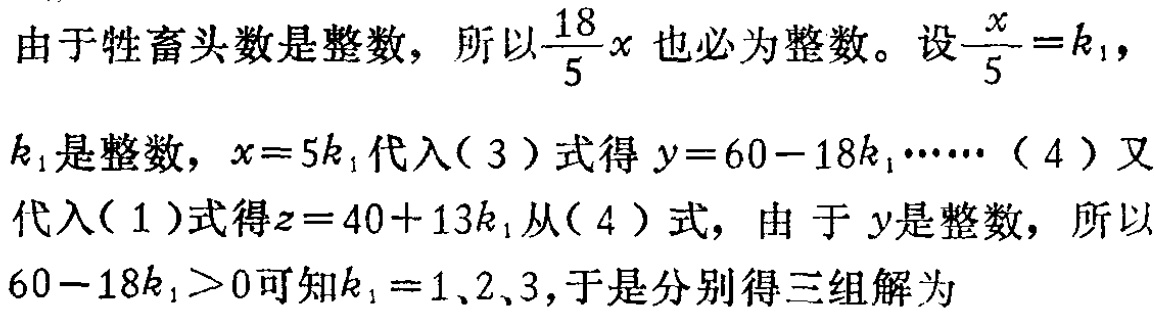
由于牲畜头数是整数，所以$\frac{18}{5}x$ 也必为整数。设$\frac{x}{5}=k_1$，

$k_1$是整数，$x = 5k_1$代入（3）式得$y = 60 - 18k_1\cdots\cdots$（4）又

代入（1）式得$z = 40 + 13k_1$从（4）式，由于$y$是整数，所以

$60 - 18k_1>0$可知$k_1 = 1、2、3$，于是分别得三组解为